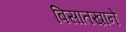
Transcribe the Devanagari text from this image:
बिसातख़ाने